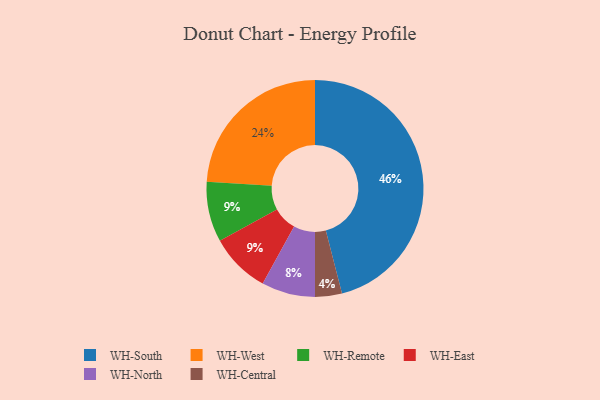
{"axis": {"x": "Category", "y": "Percentage"}, "legend": ["WH-Central", "WH-East", "WH-North", "WH-Remote", "WH-South", "WH-West"], "data": [{"x": "WH-Remote", "y": 9, "type": "WH-Remote"}, {"x": "WH-West", "y": 24, "type": "WH-West"}, {"x": "WH-Central", "y": 4, "type": "WH-Central"}, {"x": "WH-South", "y": 46, "type": "WH-South"}, {"x": "WH-North", "y": 8, "type": "WH-North"}, {"x": "WH-East", "y": 9, "type": "WH-East"}]}